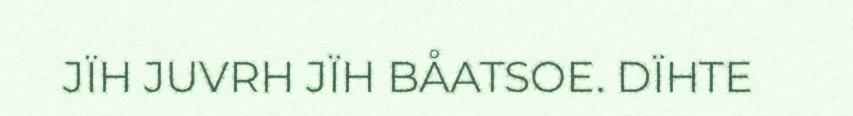
JÏH JUVRH JÏH BÅATSOE. DÏHTE